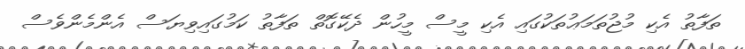
ތަފާތު އެކި މުޖުތަމަޢުތަކުގައި އެކި މީސް މީހުން ދެކޭގޮތް ތަފާތު ކަމުގައިވިޔަސް އެންމެންވެސް